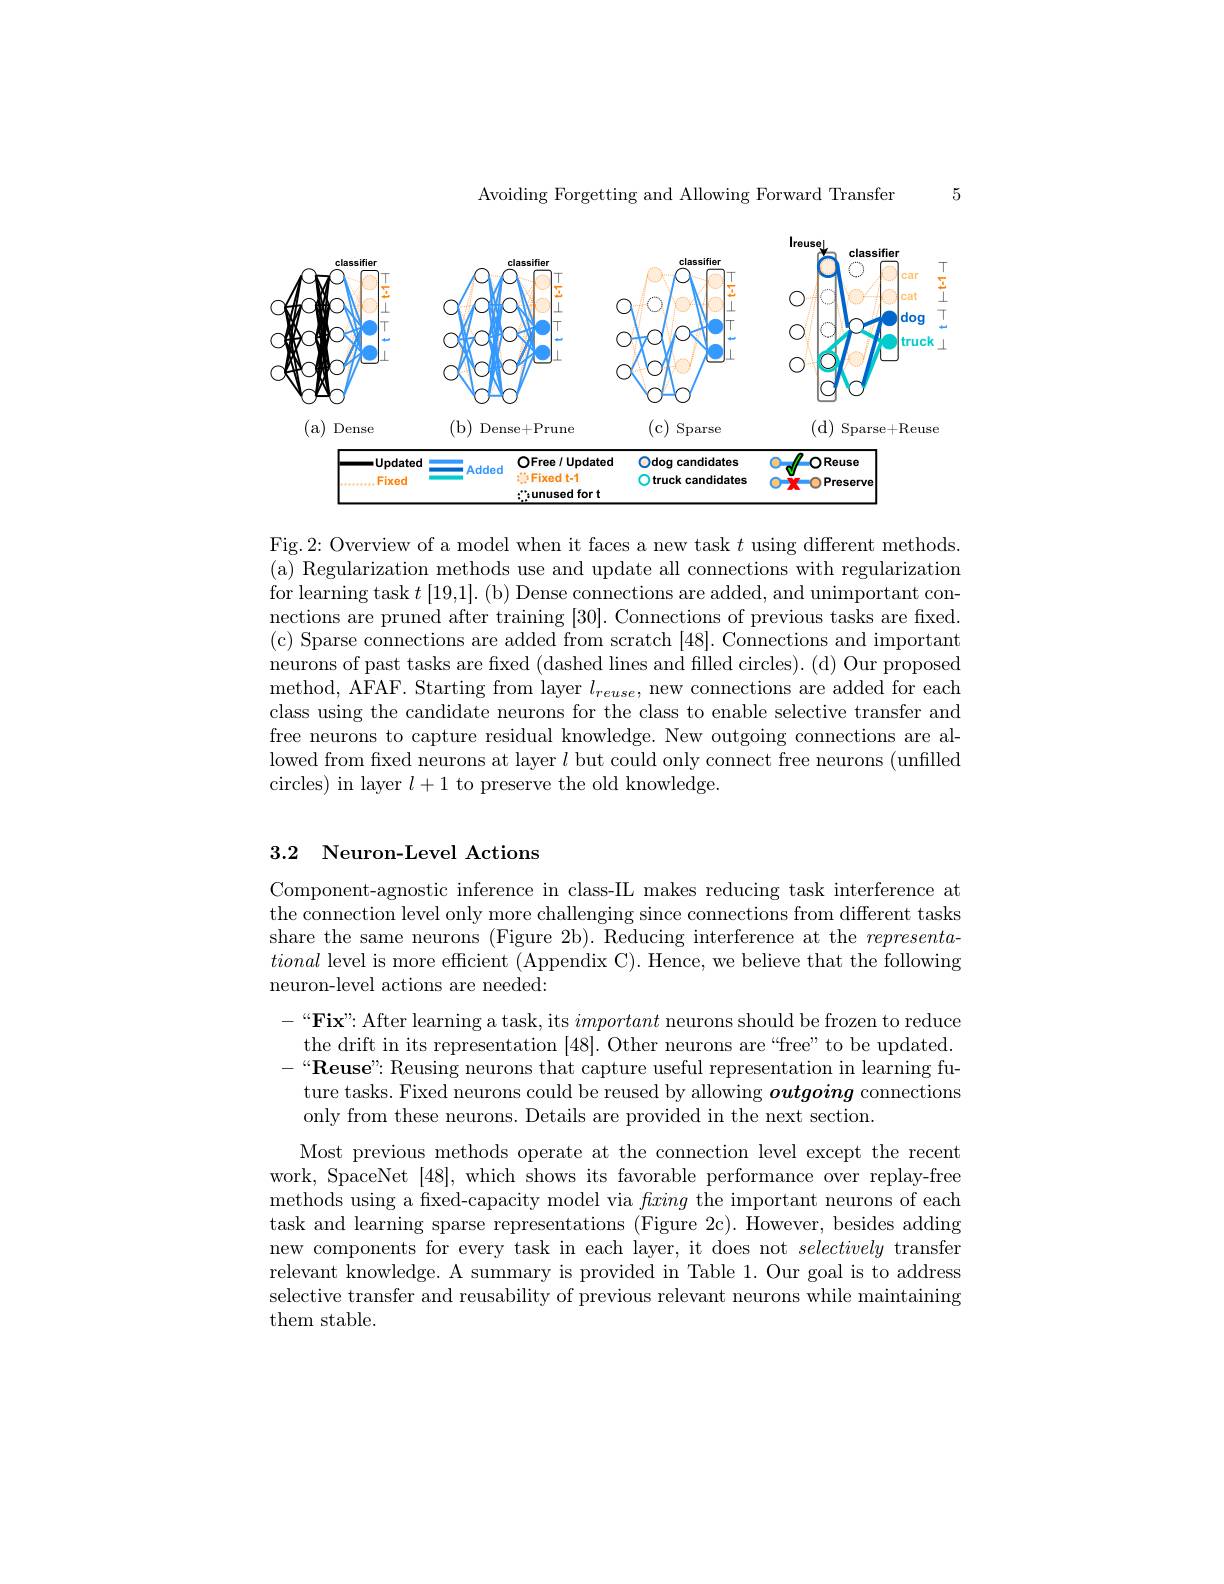
Avoiding Forgetting and Allowing Forward Transfer

5

<FigureHere>

Fig.2: Overview of a model when it faces a new task $t$ using different methods. (a) Regularization methods use and update all connections with regularization for learning task $t\left[19,1\right].$ (b) Dense connections are added, and unimportant connections are pruned after training [30]. Connections of previous tasks are fixed. (c) Sparse connections are added from scratch [48]. Connections and important neurons of past tasks are fixed (dashed lines and filled circles). (d) Our proposed method, AFAF. Starting from layer $l_{reuse}$, new connections are added for each class using the candidate neurons for the class to enable selective transfer and free neurons to capture residual knowledge. New outgoing connections are allowed from from fixed neurons at layer $l$ but could only connect free neurons (unfilled circles) in layer $l+1$ to preserve the old knowledge.

### 3.2 Neuron-Level Actions

Component-agnostic inference in class-IL makes reducing task interference at the connection level only more challenging since connections from different tasks share the same neurons (Figure 2b). Reducing interference at the representational level is more efficient (Appendix C). Hence, we believe that the following neuron-level actions are needed:

$- “ \textbf{Fix" After learning a task, its }important$ neurons should be frozen to reduce
the drift in its representation [48]. Other neurons are“free”to be updated. $-“\mathbf{Reuse":}$ Reusing neurons that capture useful representation in learning future tasks. Fixed neurons could be reused by allowing outgoing connections only from these neurons. Details are provided in the next section.
Most previous methods operate at the connection level except the recent work, SpaceNet [48], which shows its favorable performance over replay-free methods using a fxed-capacity model via fxing the important neurons of each task and learning sparse representations (Figure 2c). However, besides adding new components for every task in each layer, it does not selectively transfer relevant knowledge. A summary is provided in Table 1. Our goal is to address selective transfer and reusability of previous relevant neurons while maintaining them stable.